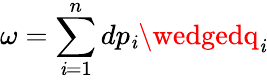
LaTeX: \omega=\sum_{\mathit{i}=1}^{n}dp_{\mathit{i}}\wedgedq_{\mathit{i}}